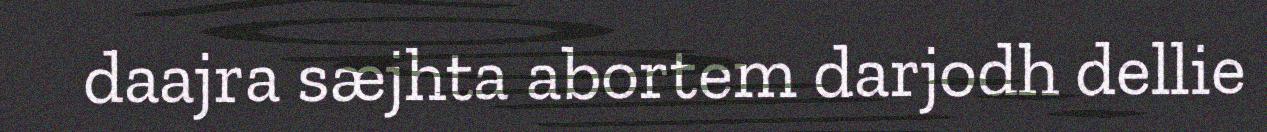
daajra sæjhta abortem darjodh dellie